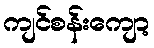
ကျင်စန်းကျော့